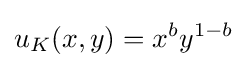
u_{K}(x,y)=x^{b}y^{1-b}